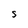
Character: S